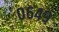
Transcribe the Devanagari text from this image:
०६४९